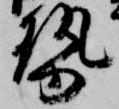
勢